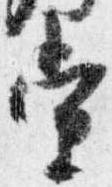
当